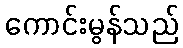
ကောင်းမွန်သည်